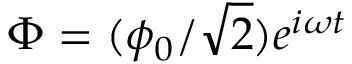
\Phi = ( \phi _ { 0 } / { \sqrt { 2 } } ) e ^ { i \omega t }